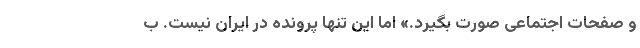
و صفحات اجتماعی صورت بگیرد.» اما این تنها پرونده در ایران نیست. ب